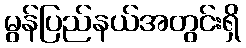
မွန်ပြည်နယ်အတွင်းရှိ